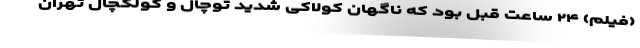
(فیلم) ۲۴ ساعت قبل بود که ناگهان کولاکی شدید توچال و کولکچال تهران